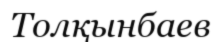
Толқынбаев